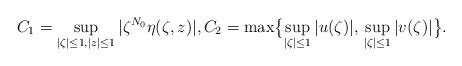
LaTeX: \begin{align*}C_1= \sup_{ |\zeta| \le1, |z|\le 1} |\zeta^{N_0}\eta(\zeta,z)|,C_2=\max\bigl\{ \sup_{ |\zeta| \le1} |u(\zeta)|,\, \sup_{ |\zeta| \le1}|v(\zeta)| \bigr\}.\end{align*}